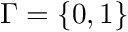
\Gamma = \{ 0 , 1 \}